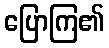
ပြောကြ၏